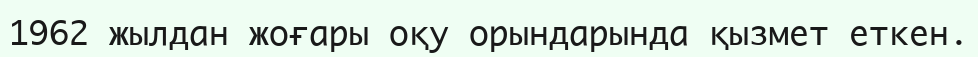
1962 жылдан жоғары оқу орындарында қызмет еткен.